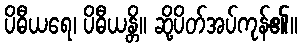
ပိဓီယရေ၊ ပိဓီယန္တိ။ ဆို့ပိတ်အပ်ကုန်၏။